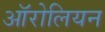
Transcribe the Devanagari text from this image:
ऑरोलियन